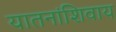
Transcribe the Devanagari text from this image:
यातनांशिवाय